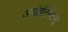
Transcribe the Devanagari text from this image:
अपॉईंटमेंटस्